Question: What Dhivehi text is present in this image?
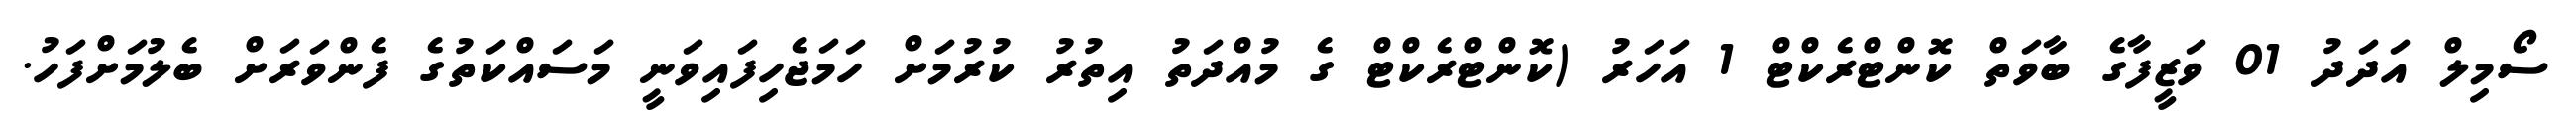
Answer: ސޯމިލް އަދަދު 01 ވަޒީފާގެ ބާވަތް ކޮންޓްރެކްޓް 1 އަހަރު (ކޮންޓްރެކްޓް ގެ މުއްދަތު އިތުރު ކުރުމަށް ހަމަޖެހިފައިވަނީ މަސައްކަތުގެ ފެންވަރަށް ބެލުމަށްފަހު.